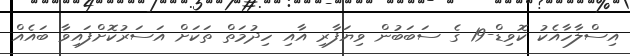
އިސްލާހާއެކު ކޮވިޑް-19 ގެ ސަބަބުން ވިޔަފާރި އާއި ހިދުމަތް ތަކަށް އަސަރުކޮށްފައިވާ ބައެއް